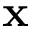
{ \bf x }